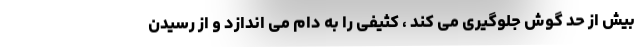
بیش از حد گوش جلوگیری می کند ، کثیفی را به دام می اندازد و از رسیدن